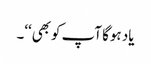
یاد ہوگا آپ کوبھی‘‘۔